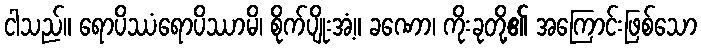
ငါသည်။ ရောပိဿံရောပိဿာမိ၊ စိုက်ပျိုးအံ့။ ခဏော၊ ကိုးခုတို့၏ အကြောင်းဖြစ်သော